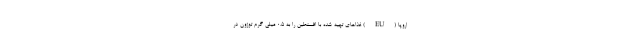
اروپا (EU) غذاهای تهیه شده با افسنطین را به 0.5 میلی گرم توژون در